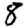
Digit: 8